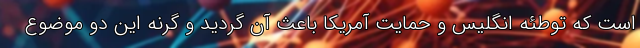
است که توطئه انگلیس و حمایت آمریکا باعث آن گردید و گرنه این دو موضوع